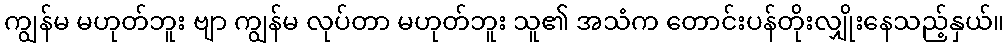
ကျွန်မ မဟုတ်ဘူး ဗျာ ကျွန်မ လုပ်တာ မဟုတ်ဘူး သူ၏ အသံက တောင်းပန်တိုးလျှိုးနေသည့်နှယ်။